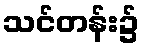
သင်တန်း၌